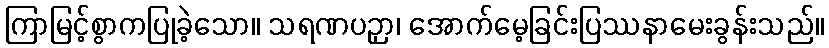
ကြာမြင့်စွာကပြုခဲ့သော။ သရဏပဉှာ၊ အောက်မေ့ခြင်းပြဿနာမေးခွန်းသည်။